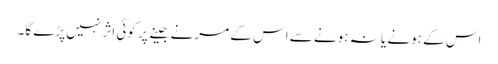
اس کے ہونے یا نہ ہونے سے اس کے مرنے جینے پر کوئی اثر نہیں پڑے گا۔